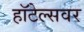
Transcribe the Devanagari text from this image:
हॉटेल्सवर